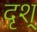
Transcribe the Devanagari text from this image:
दृश्